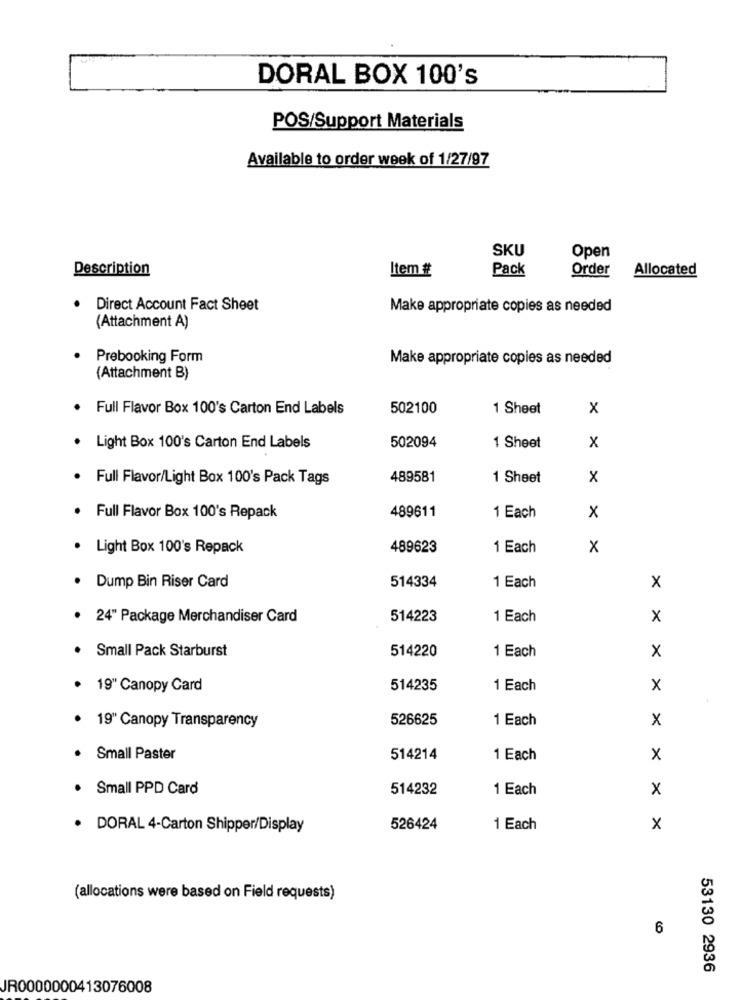
DORAL BOX 100's
POS/Support Materials
Available to order week of 1/27/97
SKU
Open
Description
Item #
Pack
Order
Allocated
· Direct Account Fact Sheet
Make appropriate copies as needed
(Attachment A)
Prebooking Form
Make appropriate copies as needed
(Attachment B)
Full Flavor Box 100's Carton End Labels
502100
1 Sheet
x
502094
. Light Box 100's Carton End Labels
1 Sheet
X
Full Flavor/Light Box 100's Pack Tags
489581
1 Sheet
X
489611
x
Full Flavor Box 100's Repack
1 Each
· Light Box 100's Repack
489623
1 Each
x
Dump Bin Riser Card
514334
1 Each
x
. 24" Package Merchandiser Card
514223
1 Each
x
Small Pack Starburst
1 Each
514220
x
· 19" Canopy Card
514235
1 Each
x
526625
1 Each
X
· 19" Canopy Transparency
Small Paster
514214
1 Each
x
Small PPD Card
514232
1 Each
X
· DORAL 4-Carton Shipper/Display
526424
1 Each
x
(allocations were based on Field requests)
6
53130 2936
JR0000000413076008